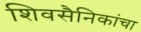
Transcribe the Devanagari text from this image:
शिवसैनिकांचा